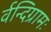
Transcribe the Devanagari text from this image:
र्वन्दिग्रामः